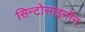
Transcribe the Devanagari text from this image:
सिन्टोसाइनॉन